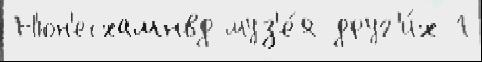
Н'юн'есхамнвд муз'е́я друг'и́х 1